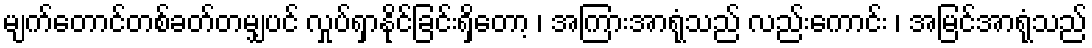
မျက်တောင်တစ်ခတ်တမျှပင် လှုပ်ရှာနိုင်ခြင်းရှိတော့ ၊ အကြားအာရုံသည် လည်းကောင်း ၊ အမြင်အာရုံသည်